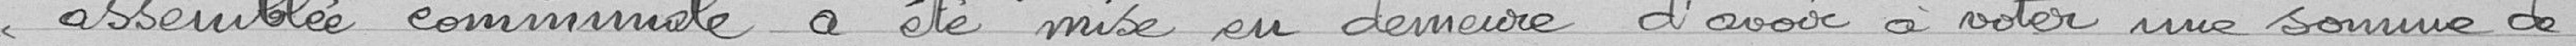
assemblée communale a été mise en demeure d'avoir à voter une somme de